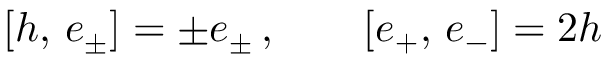
[ h , \, e _ { \pm } ^ { } ] = \pm e _ { \pm } ^ { } \, , \qquad [ e _ { + } ^ { } , \, e _ { - } ^ { } ] = 2 h \,